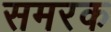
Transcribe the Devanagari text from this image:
समरक